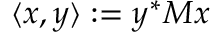
\langle x , y \rangle : = y ^ { * } M x